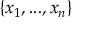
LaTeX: \{ x _ { 1 } , . . . , x _ { n } \}